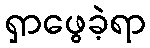
ရှာဖွေခဲ့ရာ